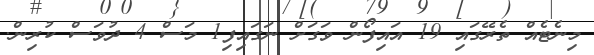
މިނެޓެއް ތެރޭގައި 19 އައިފޯން ވަގަށް ނަގައިފި1 މަސް 4 ދުވަސް ކުރިން.